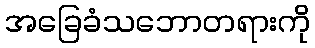
အခြေခံသဘောတရားကို